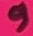
Text: 9